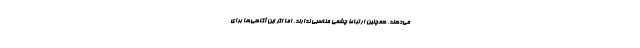
می‌دهند، همچنین ارتباط چشمی مناسبی ندارند، اما اگر این آگاهی‌ها برای